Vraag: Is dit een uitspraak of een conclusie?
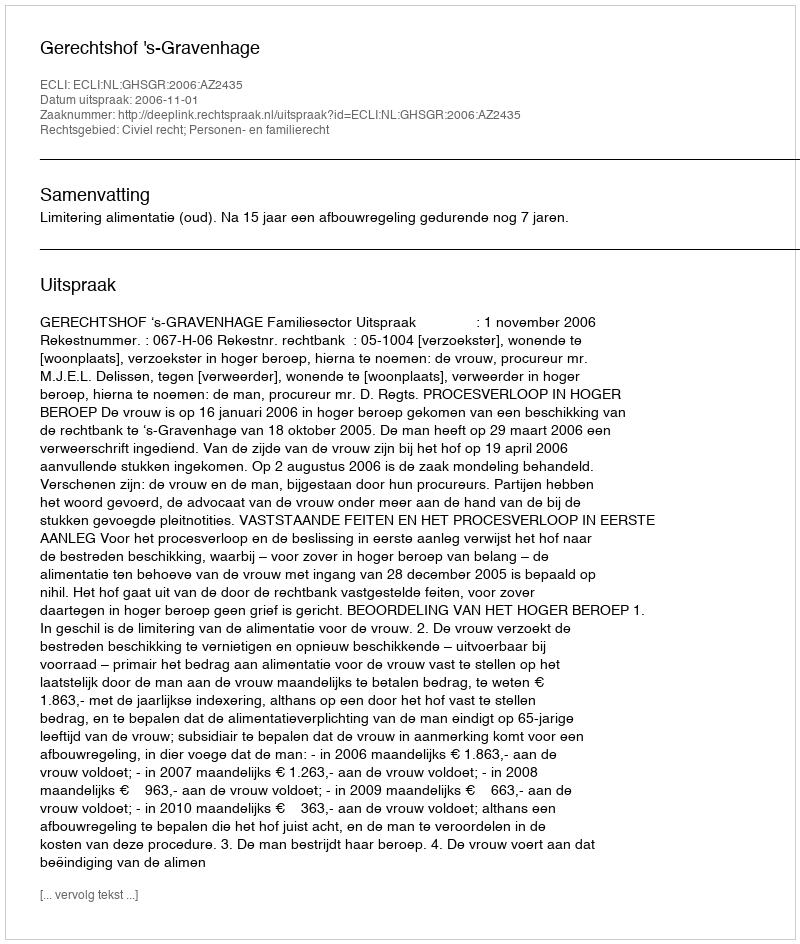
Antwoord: Uitspraak